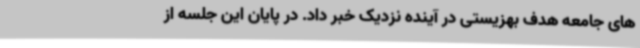
های جامعه هدف بهزیستی در آینده نزدیک خبر داد. در پایان این جلسه از